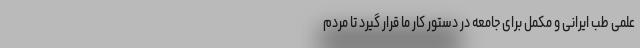
علمی طب ایرانی و مکمل برای جامعه در دستور کار ما قرار گیرد تا مردم